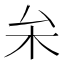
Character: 𠫡